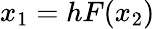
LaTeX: x_{1}=hF(x_{2})